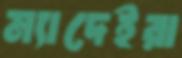
ম্যাদেইরা